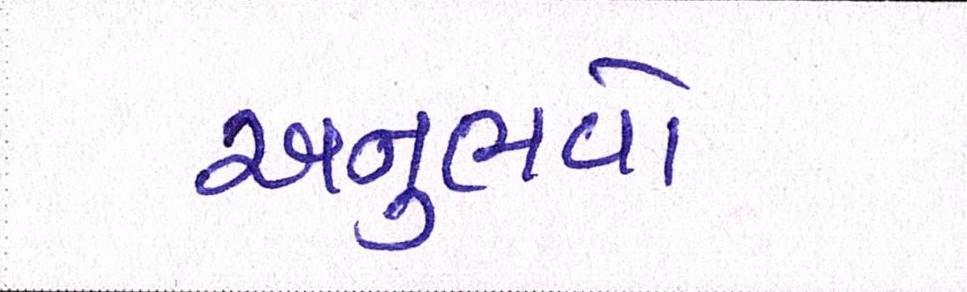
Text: અનુભવો